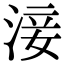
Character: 淁